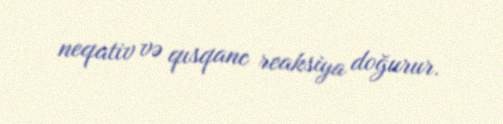
neqativ və qısqanc reaksiya doğurur.